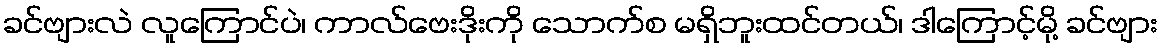
ခင်ဗျားလဲ လူကြောင်ပဲ၊ ကာလ်ဗေးဒိုးကို သောက်စ မရှိဘူးထင်တယ်၊ ဒါကြောင့်မို့ ခင်ဗျား